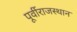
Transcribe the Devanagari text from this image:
पूर्वीराजस्थान